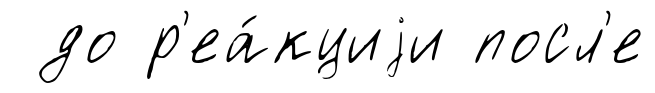
до р'еа́кциjи посл'е